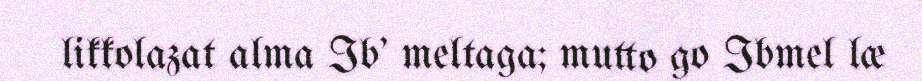
likkolazat alma Ib' meltaga; mutto go Ibmel læ